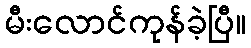
မီးလောင်ကုန်ခဲ့ပြီ။